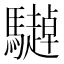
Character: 𱄹